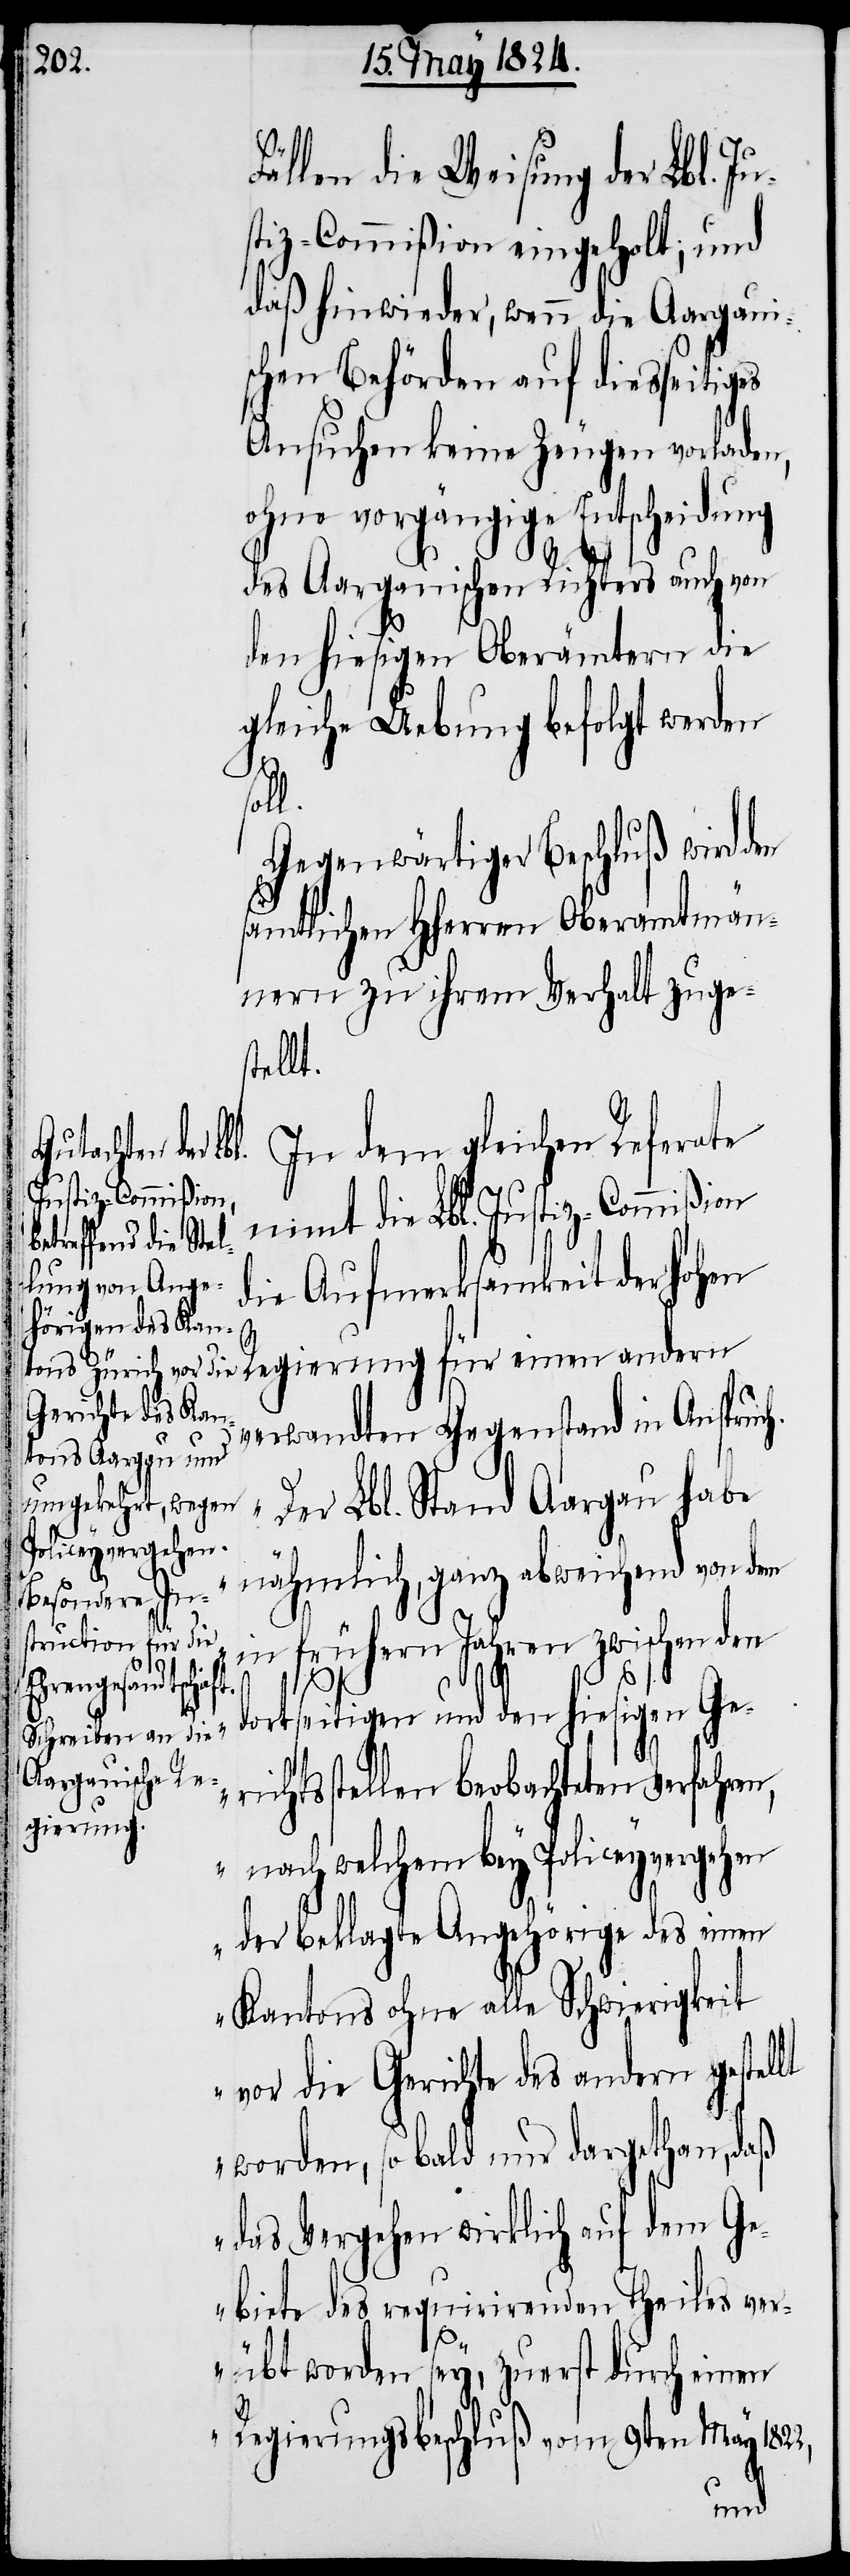
[sic!] die Lbl.
Justiz-Commißion
l.

ällen die Weisung der Lbl. Ju¬
stiz-Commißion eingeholt; und
daß hinwieder, wenn die Aargaui¬
schen Behörden auf diesseitig¬
Ansuchen keine Zeugen vorladen,
ohne vorgängige Entscheidung
des Aargauischen Richters auch von
den hiesigen Oberämtern die
gleiche Uebung befolgt werden
sol¬
Gegenwärtiger Beschluß wird den
sämtlichen HHerren Oberamtmän¬
nern zu ihrem Verhalt zuges¬
tellt.
In dem gleichen Referate
die Aufmerksamkeit der hohen
Regierung für einen andern
verwandten Gegenstand in Anspruc¬
er Lbl. Stand Aargau habe
„D¬
nähmlich, ganz abweichend von dem
in frühern Jahren zwischen den
lt
dortseitigen und den hiesigen Ge¬
richtsstellen beobachteten Verfahren,
nach welchem bey Policeyvergehen
der beklagte Angehörige des einen
Kantons ohne alle Schwierigkeit
vor die Gerichte des andern gestel¬
worden, so bald nur dargethan, daß
das Vergehen wirklich auf dem Ge¬
biete des requirirenden Theiles ver¬
übt worden sey, zuerst durch einen
Regierungsbeschluß vom 9ten May 1822,